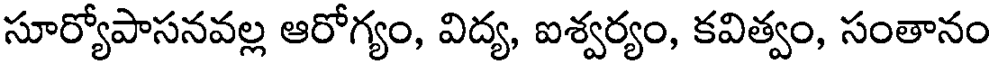
సూర్యోపాసనవల్ల ఆరోగ్యం, విద్య, ఐశ్వర్యం, కవిత్వం, సంతానం